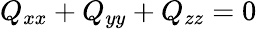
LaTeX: Q_{xx}+Q_{yy}+Q_{zz}=0